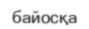
байосқа